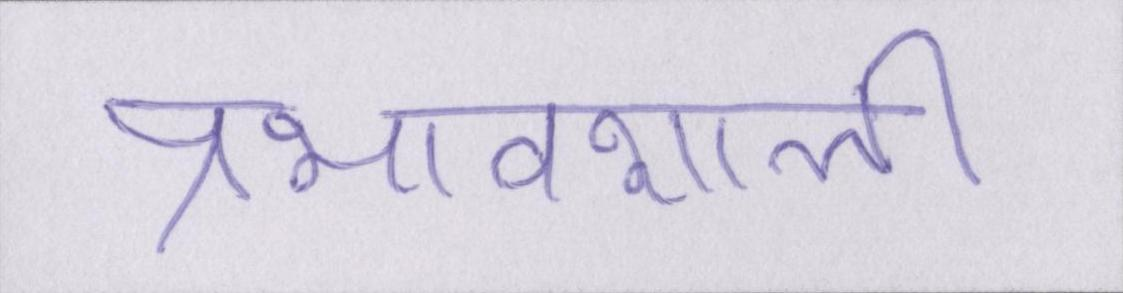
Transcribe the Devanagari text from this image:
प्रभावशाली